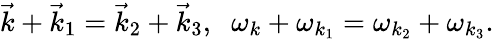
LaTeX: \vec{k}+\vec{k}_{1}=\vec{k}_{2}+\vec{k}_{3},\; \; \omega_{k}+\omega_{k_{1}}=\omega_{k_{2}}+\omega_{k_{3}}.